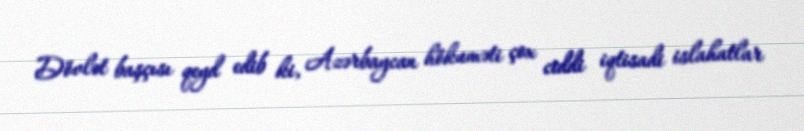
Dövlət başçısı qeyd edib ki, Azərbaycan hökuməti çox ciddi iqtisadi islahatlar